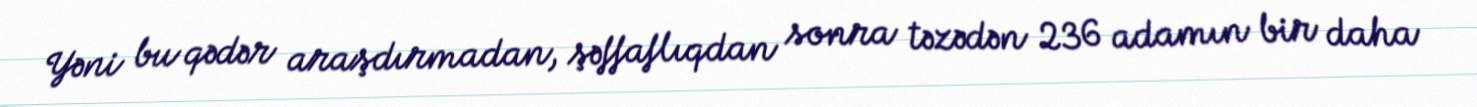
Yəni bu qədər araşdırmadan, şəffaflıqdan sonra təzədən 236 adamın bir daha